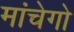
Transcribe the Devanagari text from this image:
मांचेगो